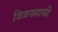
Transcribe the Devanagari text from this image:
विळख्याची